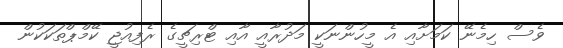
ވެސް ހިމެނޭ ކަމަށާއި އެ މީހުންނަކީ މަދުރާއީ އާއި ޓްރިޗީގެ ރެފިއުޖީ ކޭމްޕްތަކަކުން